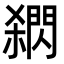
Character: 閷